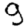
Digit: 9